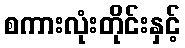
စကားလုံးတိုင်းနှင့်